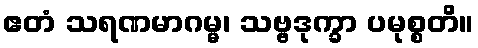
ဧတံ သရဏမာဂမ္မ၊ သဗ္ဗဒုက္ခာ ပမုစ္စတိ။